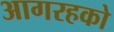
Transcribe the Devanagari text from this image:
आगरहको